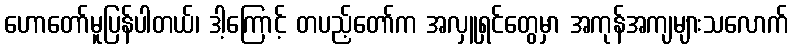
ဟောတော်မူပြန်ပါတယ်၊ ဒါ့ကြောင့် တပည့်တော်က အလှူရှင်တွေမှာ အကုန်အကျများသလောက်